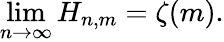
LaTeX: \operatorname*{lim}_{n\rightarrow\infty}H_{n,m}=\zeta(m).